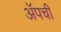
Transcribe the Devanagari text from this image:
ॲपची